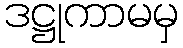
ဒဋ္ဌုကာမမှ